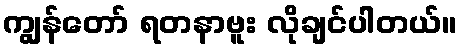
ကျွန်တော် ရတနာဗူး လိုချင်ပါတယ်။